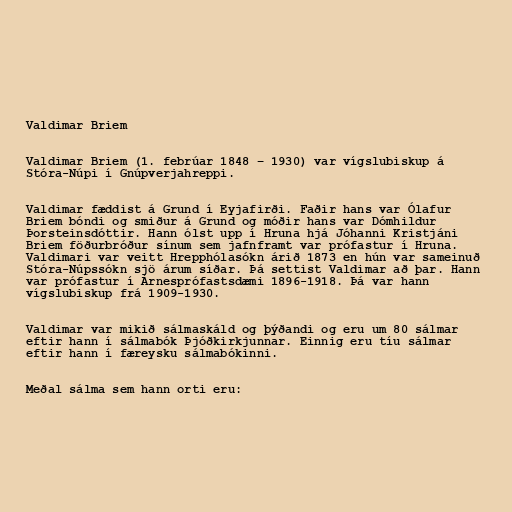
Valdimar Briem

Valdimar Briem (1. febrúar 1848 – 1930) var vígslubiskup á
Stóra-Núpi í Gnúpverjahreppi.

Valdimar fæddist á Grund í Eyjafirði. Faðir hans var Ólafur
Briem bóndi og smiður á Grund og móðir hans var Dómhildur
Þorsteinsdóttir. Hann ólst upp í Hruna hjá Jóhanni Kristjáni
Briem föðurbróður sínum sem jafnframt var prófastur í Hruna.
Valdimari var veitt Hrepphólasókn árið 1873 en hún var sameinuð
Stóra-Núpssókn sjö árum síðar. Þá settist Valdimar að þar. Hann
var prófastur í Árnesprófastsdæmi 1896-1918. Þá var hann
vígslubiskup frá 1909-1930.

Valdimar var mikið sálmaskáld og þýðandi og eru um 80 sálmar
eftir hann í sálmabók Þjóðkirkjunnar. Einnig eru tíu sálmar
eftir hann í færeysku sálmabókinni.

Meðal sálma sem hann orti eru: